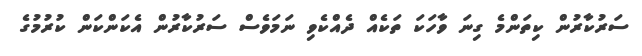
ސަރުކާރުން ކިތަންމެ ގިނަ ވާހަކަ ތަކެއް ދެއްކެވި ނަމަވެސް ސަރުކާރުން އެކަންކަން ކުރުމުގެ